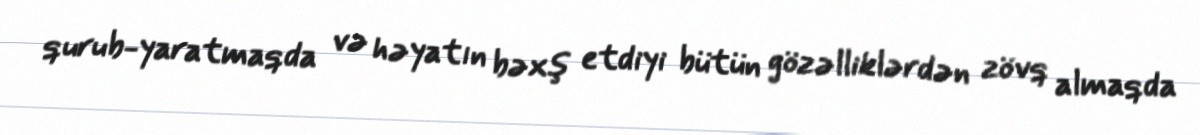
qurub-yaratmaqda və həyatın bəxş etdiyi bütün gözəlliklərdən zövq almaqda